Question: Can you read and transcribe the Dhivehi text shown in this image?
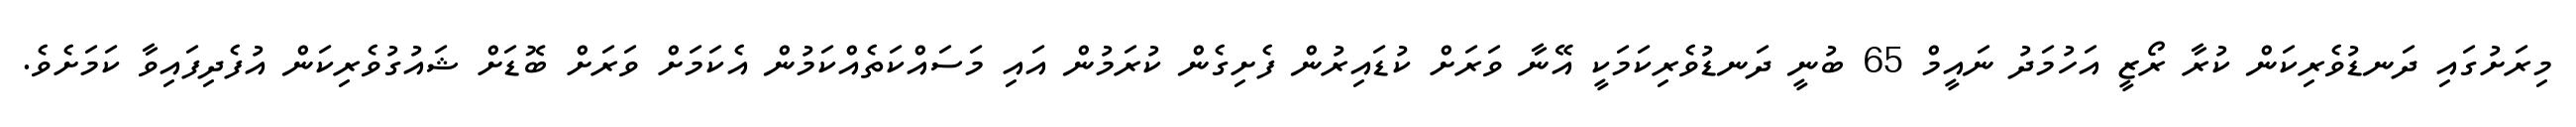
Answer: މިރަށުގައި ދަނޑުވެރިކަން ކުރާ ރޯޒީ އަހުމަދު ނައީމް 65 ބުނީ ދަނޑުވެރިކަމަކީ އޭނާ ވަރަށް ކުޑައިރުން ފެށިގެން ކުރަމުން އައި މަސައްކަތެއްކަމުން އެކަމަށް ވަރަށް ބޮޑަށް ޝައުގުވެރިކަން އުފެދިފައިވާ ކަމަށެވެ.